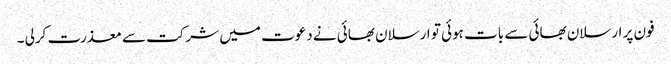
فون پر ارسلان بھائی سے بات ہوئی تو ارسلان بھائی نے دعوت میں شرکت سے معذرت کرلی ۔